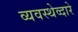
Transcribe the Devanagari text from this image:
व्यवस्थेव्दारे